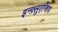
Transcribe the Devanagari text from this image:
इन्फ़्लुएन्शिय